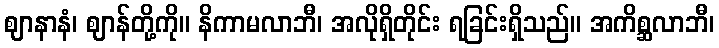
ဈာနာနံ၊ ဈာန်တို့ကို။ နိကာမလာဘီ၊ အလိုရှိတိုင်း ရခြင်းရှိသည်။ အကိစ္ဆလာဘီ၊